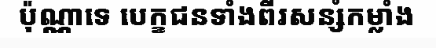
ប៉ុណ្ណាទេ បេក្ខជនទាំងពីរសន្សំកម្លាំង